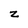
Character: z